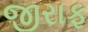
જીરાફ